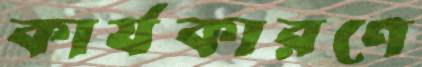
কার্যকারণে